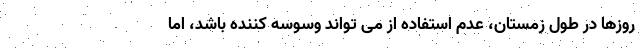
روزها در طول زمستان، عدم استفاده از می تواند وسوسه کننده باشد، اما